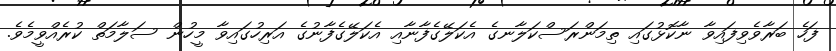
ފަހެ ބަރާވެވިފައިވާ ނާކޮޅުގައި ތިމަންރަސްކަލާނގެ އެކަލޭގެފާނާއި އެކަލޭގެފާނުގެ އަރިހުގައިވާ މީހުން ސަލާމަތް ކުރެއްވީމެވެ.